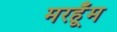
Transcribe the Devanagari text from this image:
मरहूँम